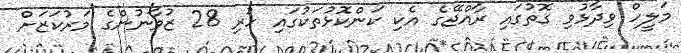
މަލީހް ވިދާޅުވި ގޮތުގައި ރާއްޖޭގެ އެކި ކަންކޮޅުތަކުގައި ހުރި 28 ޒުވާނުންގެ މަރުކަޒަށް